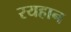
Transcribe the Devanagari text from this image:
रयहान